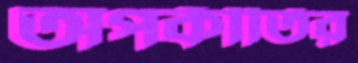
অপকীর্তির